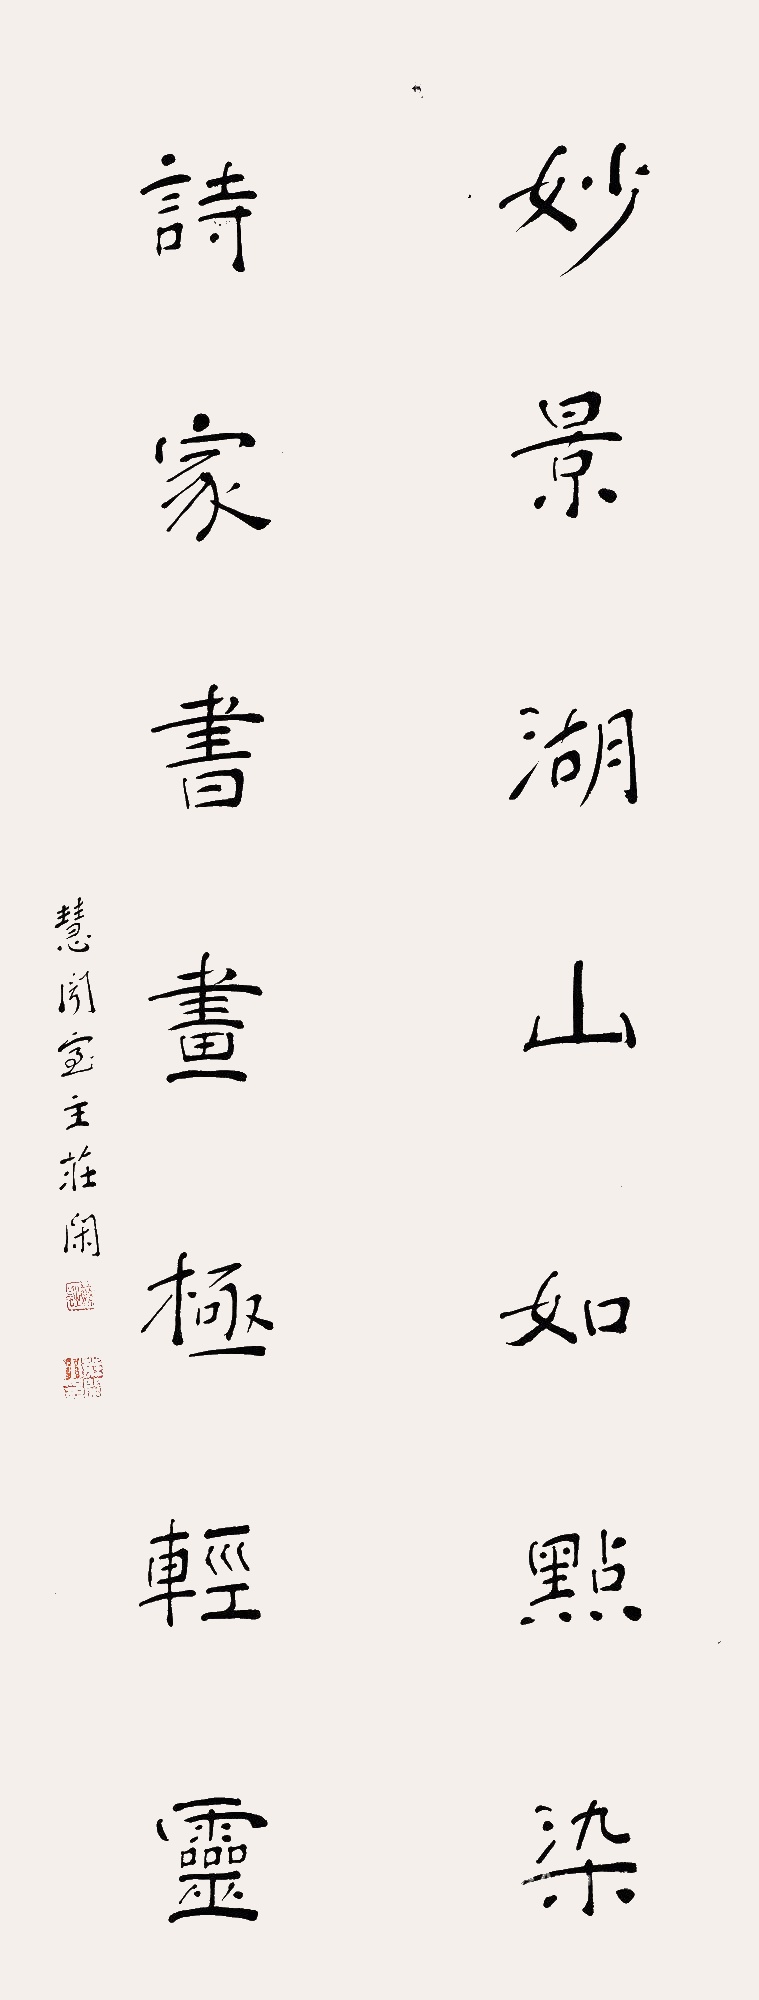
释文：妙景湖山如点染，诗家书画极轻灵。慧闻室主庄闲。